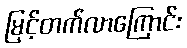
မြင့်တက်လာကြောင်း